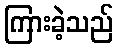
ကြားခဲ့သည်